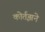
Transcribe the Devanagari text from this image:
कोर्तझने